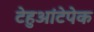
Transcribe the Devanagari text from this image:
टेहुआंटेपेक